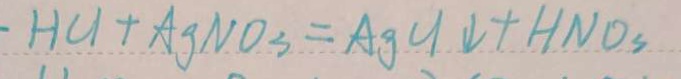
H C l + A g N o _ { 3 } = A g C l \downarrow + H N O _ { 3 }